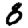
Digit: 8